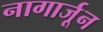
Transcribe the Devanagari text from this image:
नागार्जून